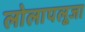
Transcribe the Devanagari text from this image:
लोलापलूजा